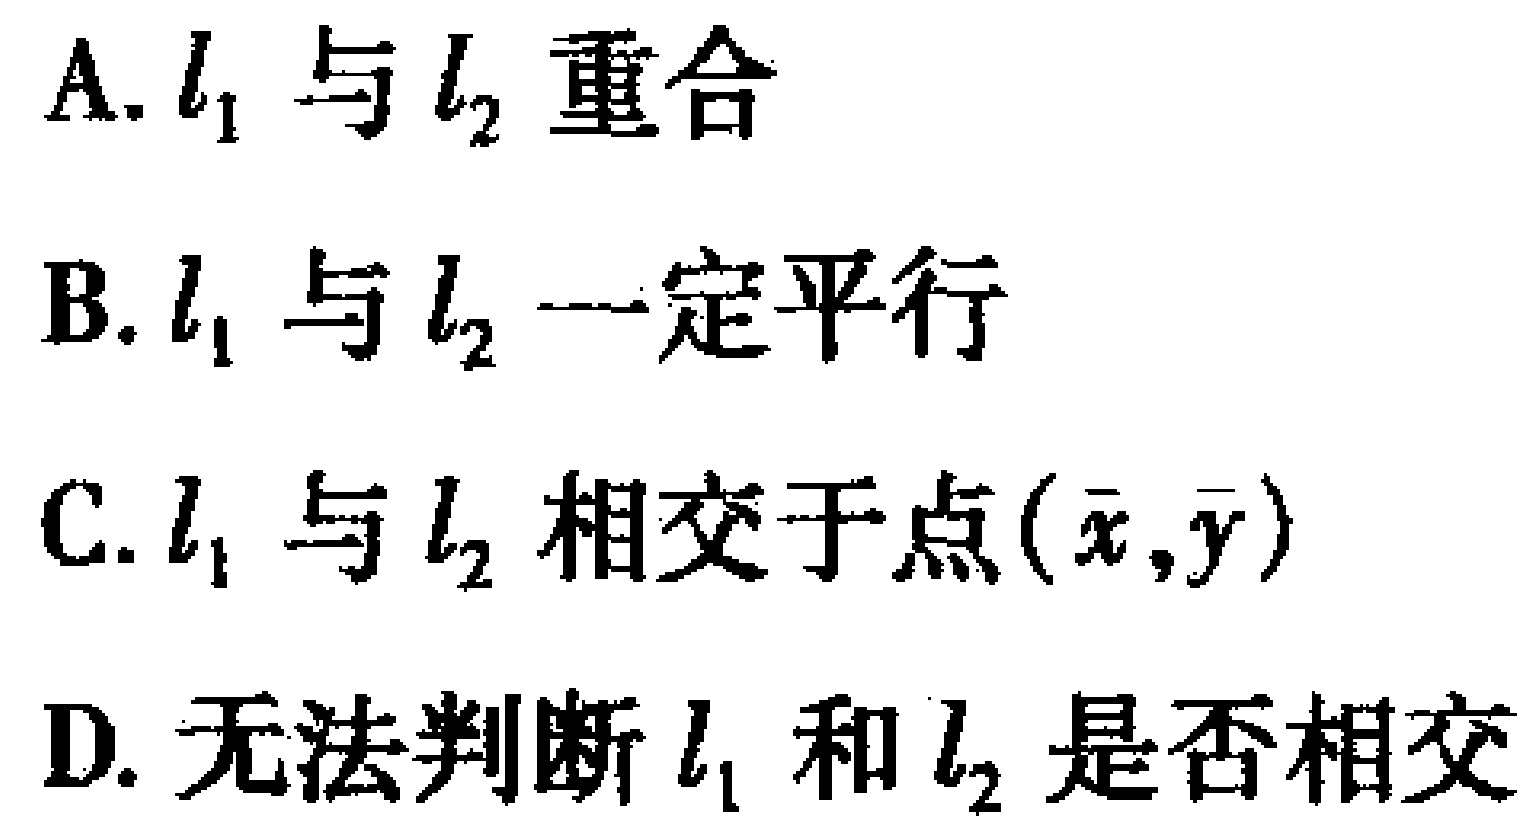
A. \(l_{1}\) 与 \(l_{2}\) 重合

B. \(l_{1}\) 与 \(l_{2}\) 一定平行

C. \(l_{1}\) 与 \(l_{2}\) 相交于点 \((\overline{x},\overline{y})\)

D. 无法判断 \(l_{1}\) 和 \(l_{2}\) 是否相交